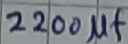
Text: 2200µF